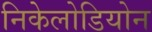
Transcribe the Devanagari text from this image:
निकेलोडियोन